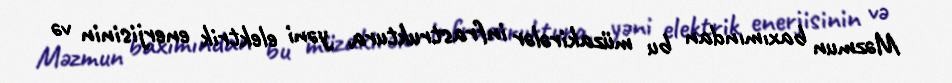
Məzmun baxımından bu müzakirələr infrastruktura, yəni elektrik enerjisinin və